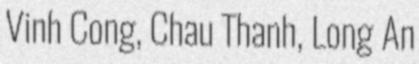
Vinh Cong, Chau Thanh, Long An